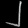
Digit: ၂